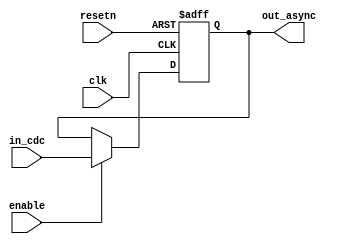
//------------------------------------------------------------------------------
// The confidential and proprietary information contained in this file may
// only be used by a person authorised under and to the extent permitted
// by a subsisting licensing agreement from ARM Limited.
//
//            (C) COPYRIGHT 2008-2010 ARM Limited.
//                ALL RIGHTS RESERVED
//
// This entire notice must be reproduced on all copies of this file
// and copies of this file may only be made by a person if such person is
// permitted to do so under the terms of a subsisting license agreement
// from ARM Limited.
//------------------------------------------------------------------------------
// Version and Release Control Information:
//
// File Revision       :  7369 
// File Date           :  2010-04-27 20:30:45 +0530 (Tue, 27 Apr 2010) 
// Release Information : Cortex-M0 DesignStart-r2p0-00rel0
//------------------------------------------------------------------------------
//  Purpose : This is a cdc launch block. 
//            It is intended for signals that not explicity synchronised as
//            they are enables by other synchronised signals. 
//            Exmaple include FIFO data slots.
//            
//------------------------------------------------------------------------------

module cxapbasyncbridge_cdc_launch_data (
  clk, 
  resetn, 
  enable,
  in_cdc,
  out_async
  );

  parameter WIDTH = 1;
  
  // ------------------------------------------------------
  // port declaration
  // ------------------------------------------------------
  input               clk; 
  input               resetn; 
  input               enable;
  input  [WIDTH-1:0]  in_cdc;
  output [WIDTH-1:0]  out_async;

  // -------------------------------------------
  // reg/wire declarations
  // ------------------------------------------------------

  reg   [WIDTH-1:0]  out_async;

  always@(posedge clk or negedge resetn)
     begin : p_cdc_launch_seq
        if(~resetn)
           out_async <= {WIDTH{1'b0}};
        else if (enable)
           out_async <= in_cdc;
     end

endmodule